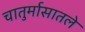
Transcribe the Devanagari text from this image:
चातुर्मासातले